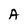
Character: a